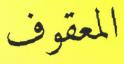
المعقوف